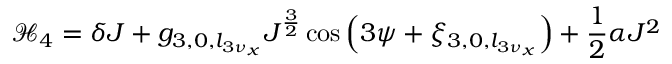
\displaystyle \mathcal { H } _ { 4 } = \delta J + g _ { 3 , 0 , l _ { 3 \nu _ { x } } } J ^ { \frac { 3 } { 2 } } \cos { \left( 3 \psi + \xi _ { 3 , 0 , l _ { 3 \nu _ { x } } } \right) } + \frac { 1 } { 2 } \alpha J ^ { 2 }